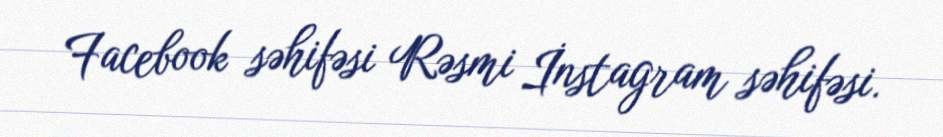
Facebook səhifəsi Rəsmi İnstagram səhifəsi.